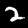
Label: 2